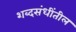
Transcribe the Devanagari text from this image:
शब्दसंधींतील